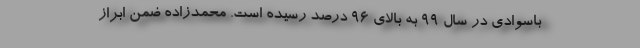
باسوادی در سال ۹۹ به بالای ۹۶ درصد رسیده است. محمدزاده ضمن ابراز